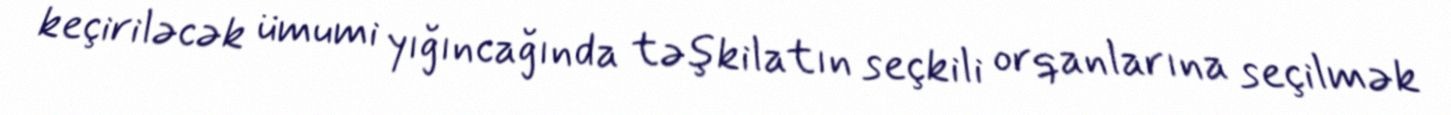
keçiriləcək ümumi yığıncağında təşkilatın seçkili orqanlarına seçilmək